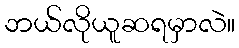
ဘယ်လိုယူဆရမှာလဲ။